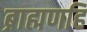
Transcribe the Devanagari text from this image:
ब्राह्मणहि